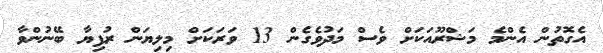
އެގޮތުން އެންމެ މަޝްރޫއަކަށް ވެސް މަދުވެގެން 13 ވަރަކަށް މިލިޔަން ރުފިޔާ ބޭނުންވާ